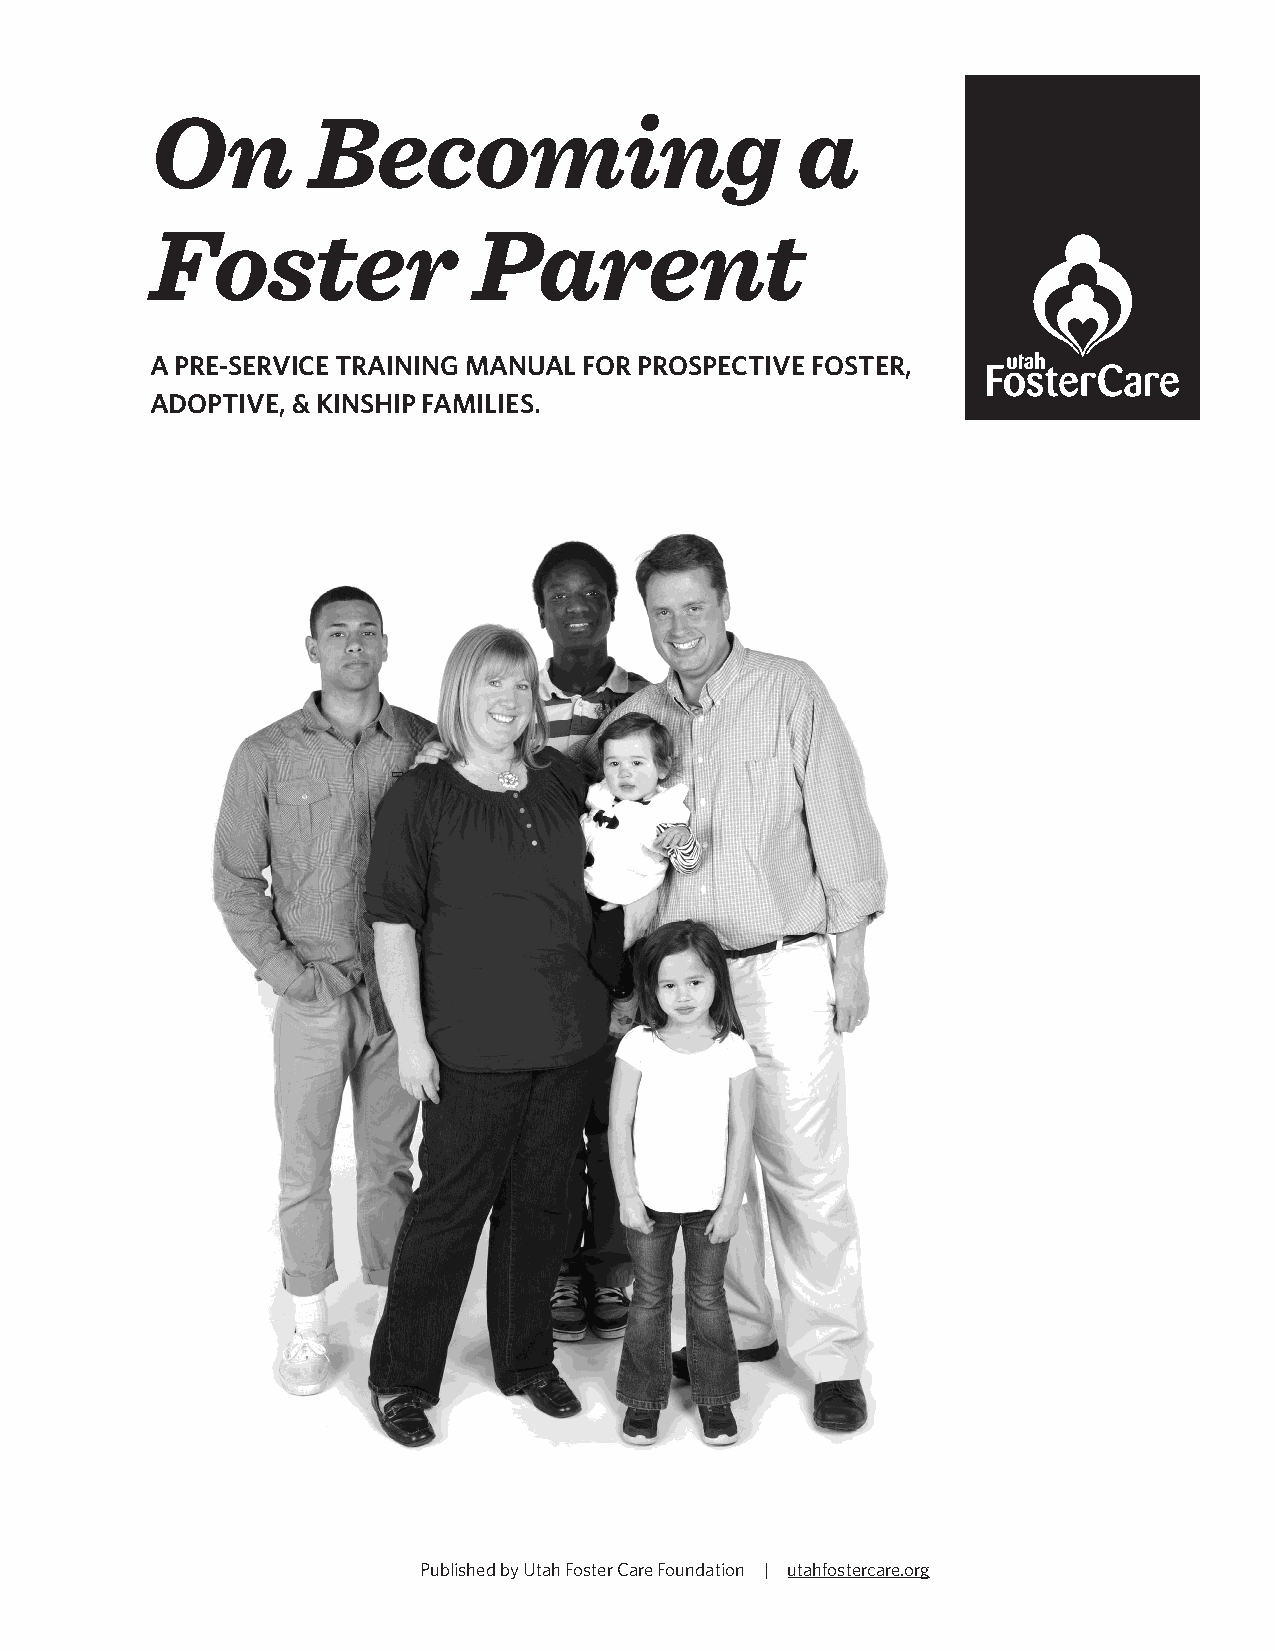
On        Becoming                         a
 Foster               Parent
 A PRE-SERVICE TRAINING MANUAL FOR PROSPECTIVE FOSTER,
 ADOPTIVE, & KINSHIP FAMILIES.
 Published by Utah Foster Care Foundation | utahfostercare.org